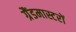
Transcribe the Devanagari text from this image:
ग्रैंडमास्टरों